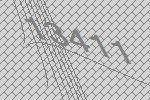
13411